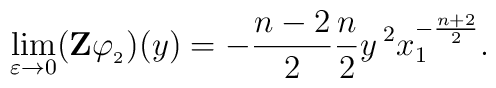
\lim_{\varepsilon\to0}(\mathbf{Z}\varphi_{_2})(y)=-\frac{n-2}{2}\frac{n}{2}y^{\;2}x_1^{-\frac{n+2}{2}}.